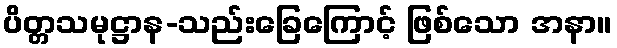
ပိတ္တသမုဋ္ဌာန-သည်းခြေကြောင့် ဖြစ်သော အနာ။